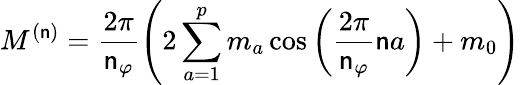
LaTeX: M^{(\mathsf{n})}=\frac{{2\pi}}{{\mathsf{n}_{\varphi}}}\left(2\sum_{a=1}^{p}m_{a}\cos\left(\frac{{2\pi}}{{\mathsf{n}_{\varphi}}}\mathsf{n}a\right)+m_{0}\right)